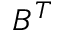
B ^ { T }